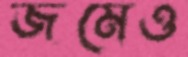
জমেও